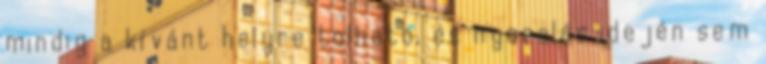
mindig a kívánt helyre tolható, és nyaralás idején sem